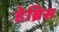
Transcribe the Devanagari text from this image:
डेब्रिस